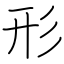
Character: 形